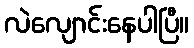
လဲလျောင်းနေပါပြီ။